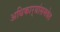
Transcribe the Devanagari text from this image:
अधिकार्‍यांसमवेत